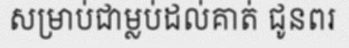
សម្រាប់ជាម្លប់ដល់គាត់ ជូនពរ